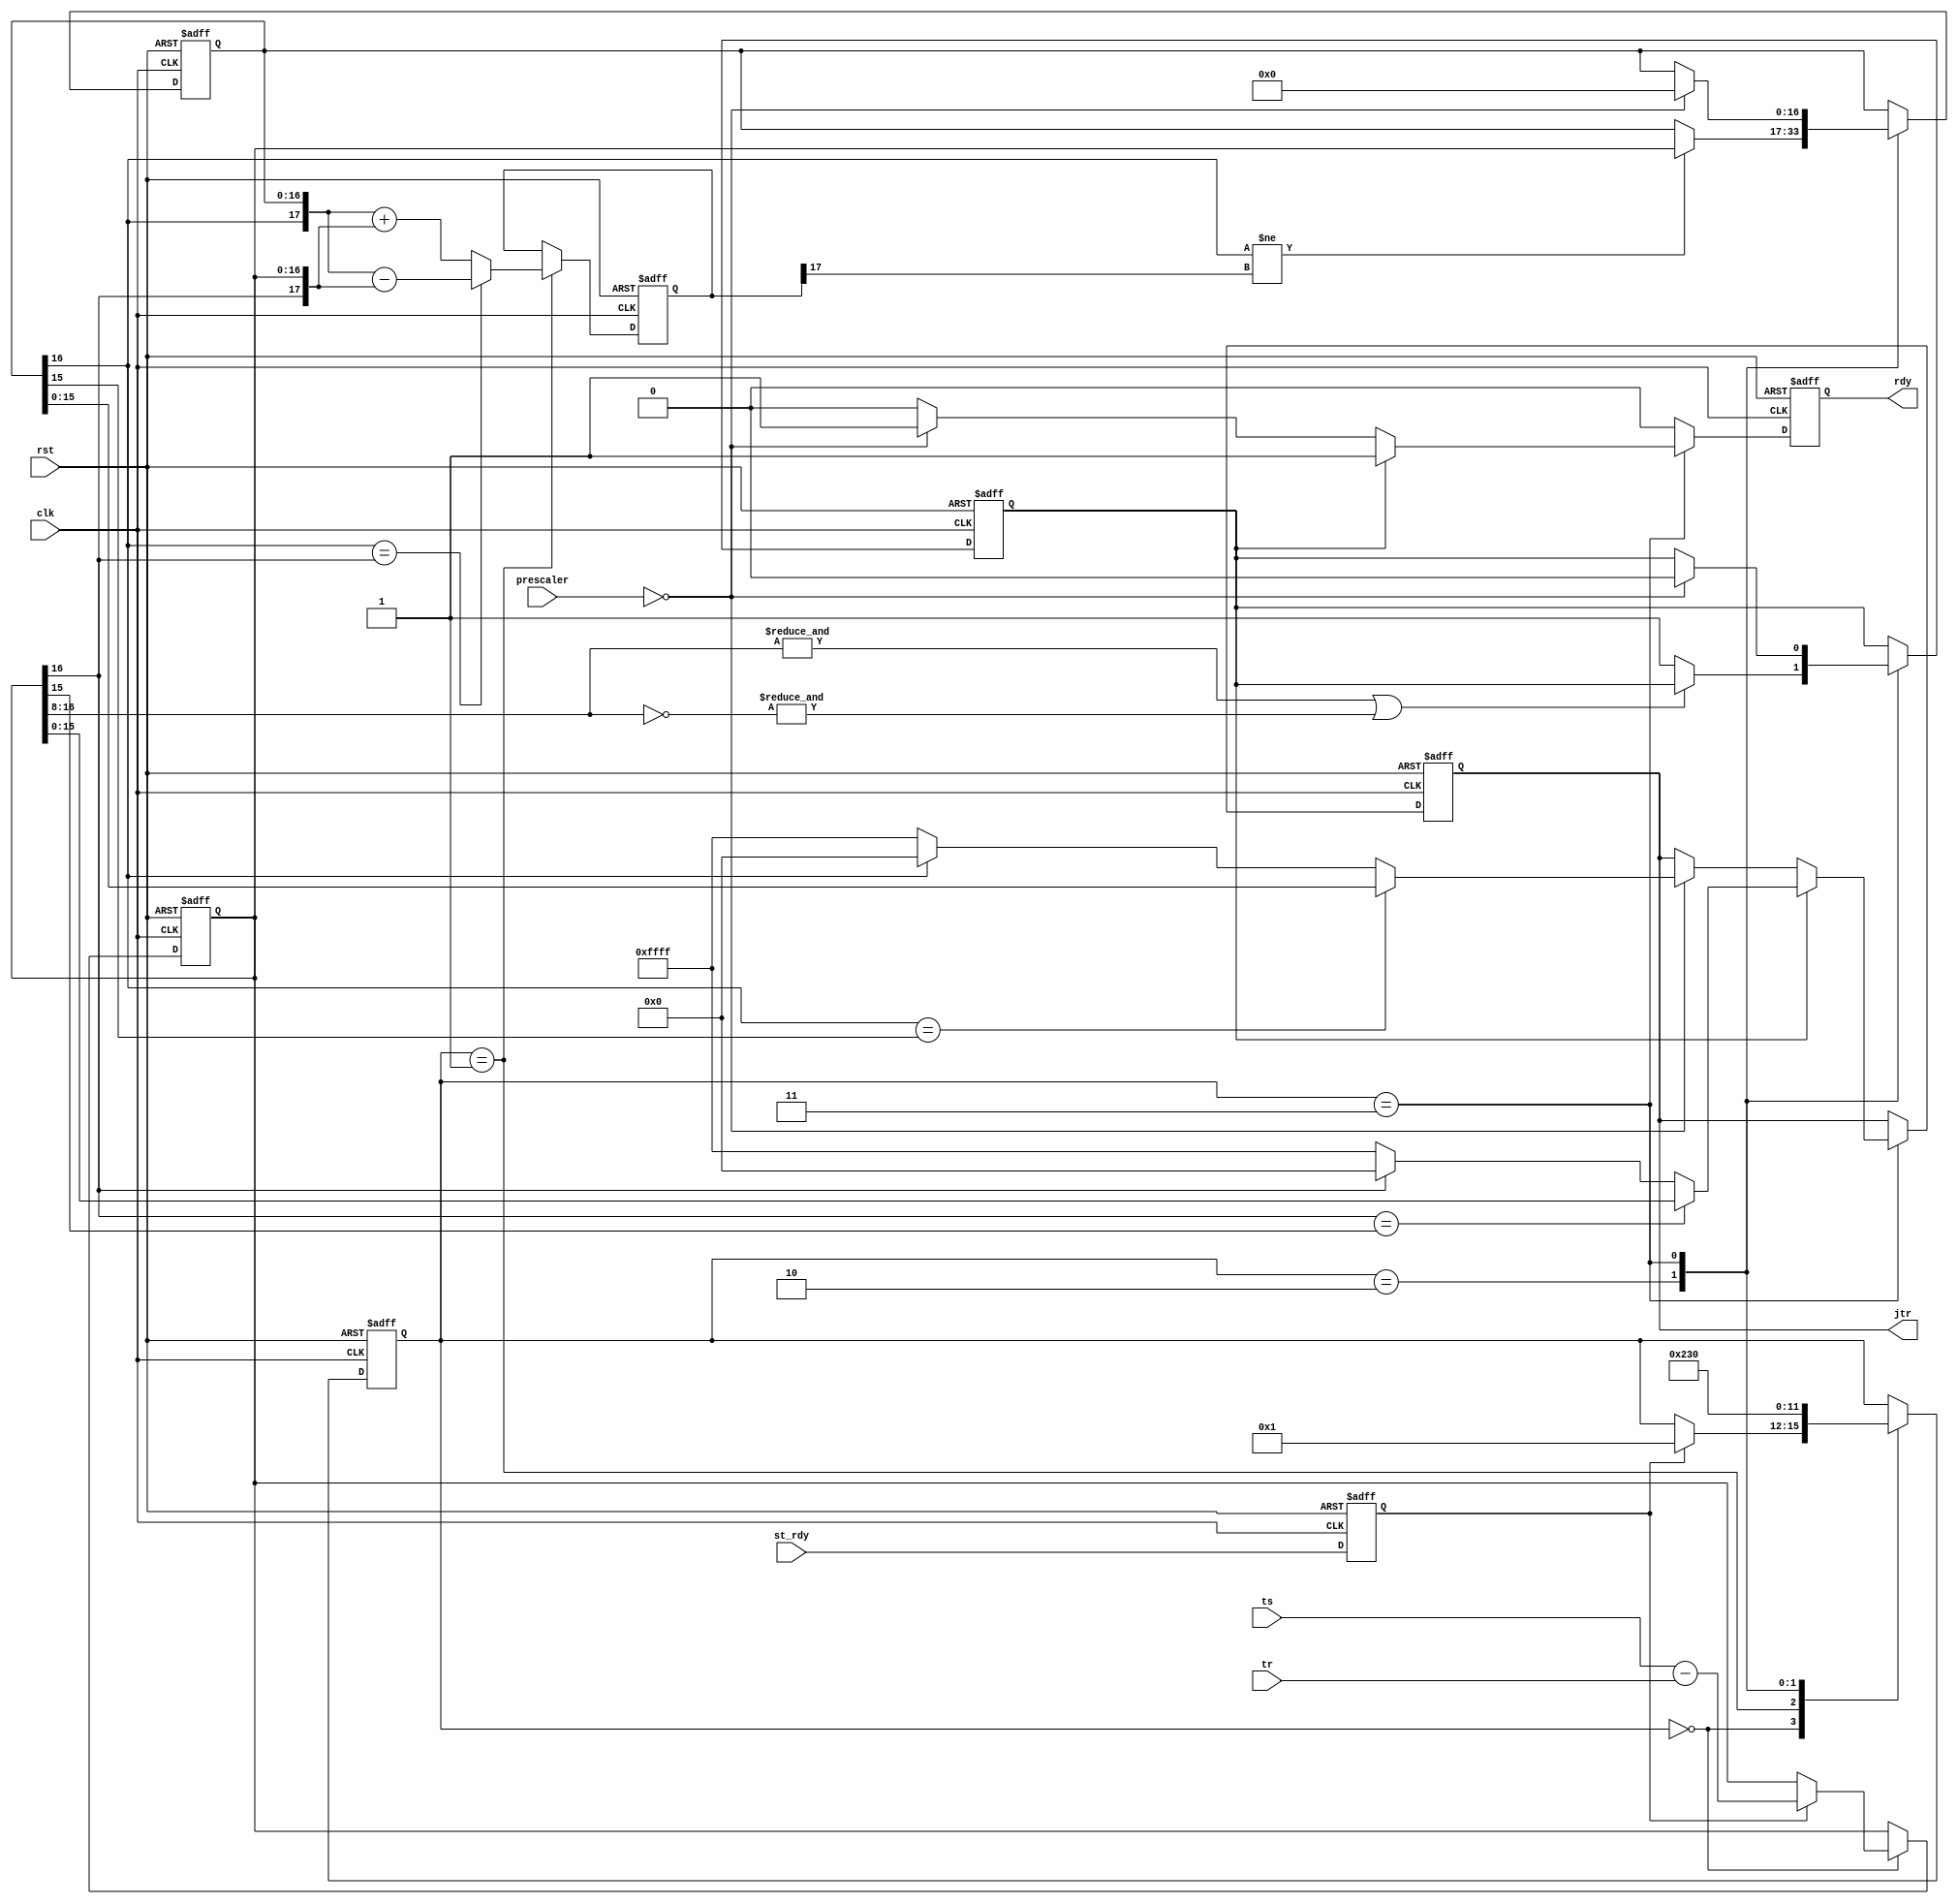
//*********Logical analyzer for long-term jitter monitoring*************
//
//  IP core, which evaluates difference between reference and input
//  channels and finds maximum jitter during one prescaled period
//
//MIREA - Russian Technological University, 2020
// 
//Distributed under the Creative Commons Attribution-ShareAlike license
//**********************************************************************

module ws_log_max #(parameter Nm  = 16,       //Size of measurement
                              Nl  = 8,        //If jitter > (2^(Nm-Nl)-1) then frame would be sent on each edge
                              Npr = 7         //Size of prescaler
)(
    input rst,                  //Async reset
    input clk,                  //Clock
    input [Nm-1:0]ts,           //Input channel edge timestamp (changes next cycle after st_rdy)
    input [Nm-1:0]tr,           //Reference channel edge timestamp (changes next cycle after st_rdy)
    input st_rdy,               //Strobe that measurement period is finished and ready to be transmitted
    input [Npr-1:0]prescaler,   //Lower size of frame counter when Npr==0 frame is transmitted
    output reg [Nm-1:0]jtr,     //Maximal jitter for the last 2^Np frames
    output reg rdy              //Strobe that jitter is ok
);

reg s_rdy;      //Strobe syncronous to ts and tr changes

always @(posedge clk, posedge rst)
    if(rst)
        s_rdy <= 0;
    else
        s_rdy <= st_rdy;

reg [3:0]state;
reg [Nm:0]mx;
reg [Nm:0]d;
reg [Nm+1:0]dm;
reg send_all;

always @(posedge clk, posedge rst)
    if(rst)
    begin
        mx <= 0;
        d <= 0;
        state <= 0;
        dm <= 0;
        rdy <= 0;
        jtr <= 0;
        send_all <= 0;
    end else
        begin
            rdy <= 0;
            case(state)
                0: begin
                        if(s_rdy)
                        begin
                            d <= {1'b0,ts}-{1'b0,tr};
                            state <= 1;
                        end
                   end
                1: begin
                        if(mx[Nm]==d[Nm])               //if sign is the same then -
                            dm <= {mx[Nm],mx}-{d[Nm], d};
                        else                            //if different change it to the same to compare abs
                            dm <= {mx[Nm],mx}+{d[Nm], d};
                        state <= 2;  
                   end
                2: begin
                        if(mx[Nm]!=dm[Nm+1])            //if sign changes then |mx|<|d|
                            mx <= d;
                        if(!((&d[Nm:Nm-Nl])|(&(~d[Nm:Nm-Nl]))))      //If jitter is higher then (2^(Nm-Nl)-1) send frame on each edge
                            send_all <= 1;                           //till the next time prescaler go to zero
                        state <= 3; 
                   end
                3: begin
                        if(prescaler==0)
                        begin
                            if(mx[Nm]==mx[Nm-1])        //Rounding
                                jtr <= mx[Nm-1:0];
                            else begin
                                     if(mx[Nm])
                                        jtr <= (1<<Nm);
                                     else
                                        jtr <= (1<<Nm)-1;
                                 end
                            mx <= 0;
                            send_all <= 0;
                            rdy <= 1;
                        end 
                        if(send_all)                  //If presecaler == 0, then override it, 
                        begin                                       
                            if(d[Nm]==d[Nm-1])        //Rounding
                                jtr <= d[Nm-1:0];
                            else begin
                                     if(d[Nm])
                                         jtr <= (1<<Nm);
                                     else
                                         jtr <= (1<<Nm)-1;
                                     end
                            rdy <= 1;                                
                        end
                        state <= 0;
                   end
            endcase
        end


endmodule